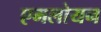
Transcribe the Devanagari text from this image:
एमलोयन